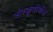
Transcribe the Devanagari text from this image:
संस्कृतीधील